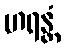
ဟရန္တံ